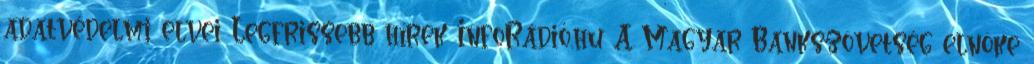
adatvédelmi elvei Legfrissebb hírek InfoRádió.hu A Magyar Bankszövetség elnöke